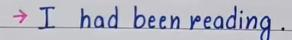
-> I had been reading .